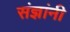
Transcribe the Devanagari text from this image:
संज्ञांनी